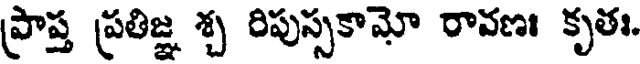
ప్రాప్త ప్రతిజ్ఞ శ్చ రిపుస్సకామో రావణః కృతః.